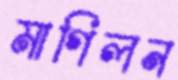
মাগিলন